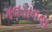
ગવડાવવા